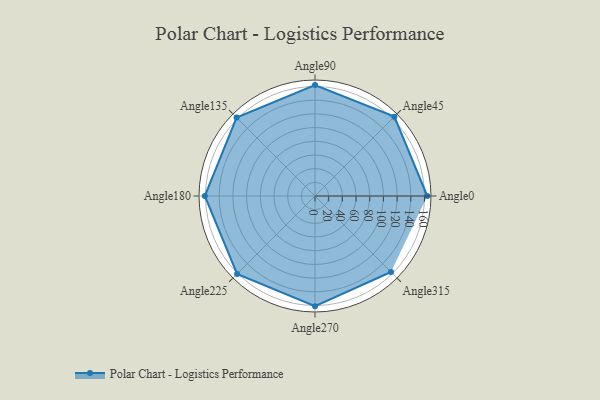
{"axis": {"x": "Angle", "y": "Radius"}, "legend": [""], "data": [{"x": "Angle0", "y": 164.0, "type": ""}, {"x": "Angle45", "y": 164.0, "type": ""}, {"x": "Angle90", "y": 162.0, "type": ""}, {"x": "Angle135", "y": 162.0, "type": ""}, {"x": "Angle180", "y": 161.0, "type": ""}, {"x": "Angle225", "y": 161.0, "type": ""}, {"x": "Angle270", "y": 161.0, "type": ""}, {"x": "Angle315", "y": 157.0, "type": ""}]}